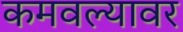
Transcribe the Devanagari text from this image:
कमवल्यावर